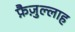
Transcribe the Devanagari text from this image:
फ़ैज़ुल्लाह